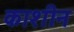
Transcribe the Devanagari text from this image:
काशीन